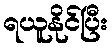
ရယူနိုင်ပြီး